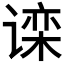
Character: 𬤗